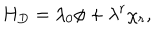
H _ { D } = \lambda _ { 0 } \phi + \lambda ^ { r } \chi _ { r } ,